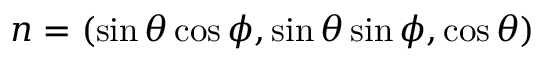
n = ( \sin \theta \cos \phi , \sin \theta \sin \phi , \cos \theta )